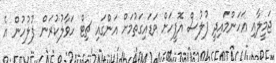
ޖަމީލާއި އަހަންމައިދީ ފުލުސް އޮފީހަށް ވަޑައިގަތުމަށް އަންގައި ޗިޓް ހަވާލުކުރަން ފުލުހުން އެ